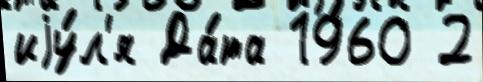
иjу́л'я Да́та 1960 2